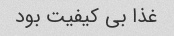
غذا بی کیفیت بود